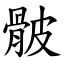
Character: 骳